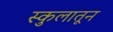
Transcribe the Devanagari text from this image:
स्कुलातून